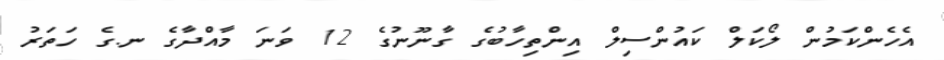
އެހެންކަމުން ލޯކަލް ކައުންސިލް އިންތިހާބުގެ ގާނޫނުގެ 12 ވަނަ މާއްދާގެ ނ.ގެ ހަތަރު